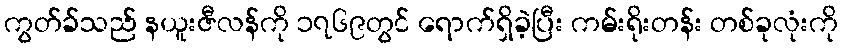
ကွတ်ခ်သည် နယူးဇီလန်ကို ၁၇၆၉တွင် ရောက်ရှိခဲ့ပြီး ကမ်းရိုးတန်း တစ်ခုလုံးကို